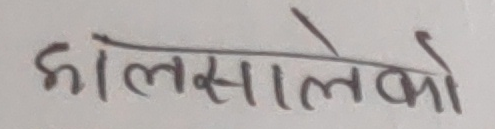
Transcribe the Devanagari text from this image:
हालसालेको